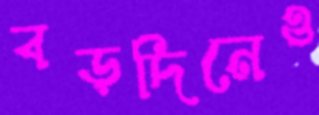
বড়দিনেও